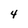
Character: 4